Lunatic asylums in Bengal annual reports 1912-1924 - 1912-1924
Year: 1912
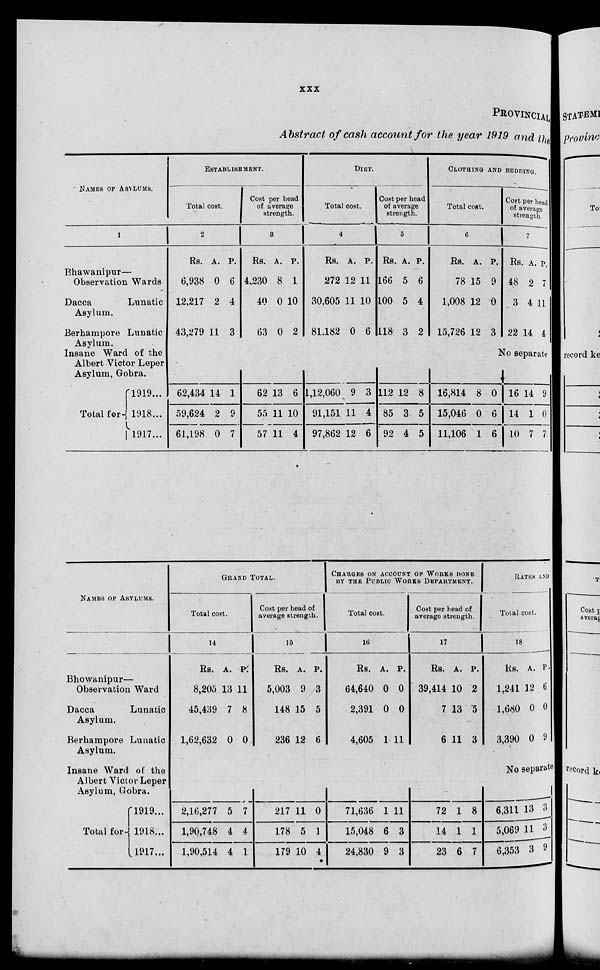
xxx
PROVINCIAL
Abstract of cash account for the year 1919 and the
NAMES OF ASYLUMS.
1
Bhawanipur—
Observation Wards
Dacca
Lunatic
Asylum.
Berhampore Lunatic
Asylum.
Insane Ward of the
Albert Victor Leper
Asylum, Gobra.
Total for
1919...
1918...
l917...
ESTABLISHMENT.
Total cost.
2
Rs.
6,938
12,217
43,279
A.
0
2
11
P.
6
4
3
Cost per bead
of average
strength.
3
Rs.
4,230
40
63
A.
8
0
0
P.
1
10
2
DIET.
Total cost.
4
Rs.
272
30,605
81,182
A.
12
11
0
P.
11
10
6
Cost per head
of average
strength.
5
Rs.
166
100
118
A.
5
5
3
P.
6
4
2
CLOTHING AND BEDDING.
Total cost.
6
Rs.
78
1,008
15,726
A.
15
12
12
P.
9
0
3
Cost per head
of average
strength.
7
Rs
48
3
22
A.
2
4
14
P.
7
11
4
No separate
62,434
59,624
61,198
14
2
0
1
9
7
62
55
57
13
11
11
6
10
4
1,12,060
91,151
97,862
9
11
12
3
4
6
112
85
92
12
3
4
8
5
5
16,814
15,046
11,106
8
0
1
0
6
6
16
14
10
14
1
7
9
0
7
NAMES OF ASYLUMS.
Bhowanipur—
Observation Ward
Dacca
Lunatic
Asylum.
Berhampore Lunatic
Asylum.
Insane Ward of the
Albert Victor Leper
Asylum, Gobra.
Total for
1919...
1918...
1917...
GRAND TOTAL.
Total cost.
14
Rs.
8,205
45,439
1,62,632
A.
13
7
0
P.
11
8
0
Cost per head of
average strength.
15
Rs.
5,003
148
236
A.
9
15
12
P.
3
5
6
CHARGES ON ACCOUNT OF WORKS DONE
BY THE PUBLIC WORKS DEPARTMENT.
Total cost.
16
Rs.
64,640
2,391
4,605
A.
0
0
1
P.
0
0
11
Cost per head of
average strength.
17
Rs.
39,414
7
6
A.
10
13
11
P.
2
5
3
RATES AND
Total cost.
18
Rs.
1,241
1,680
3,390
A.
12
0
0
P.
6
0
9
No separate
2,16,277
1,90,748
1,90,514
5
4
4
7
4
1
217
178
179
11
5
10
0
1
4
71,636
15,048
24,830
1
6
9
11
3
3
72
14
23
1
1
6
8
1
7
6,311
5,069
6,353
13
11
3
3
3
9